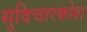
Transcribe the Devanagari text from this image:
सुविचारकोश